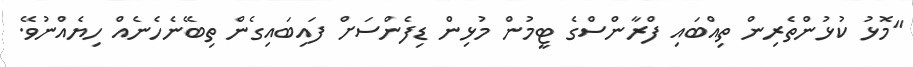
"މޮޅު ކުޅުންތެރިން ތިއްބައި ފްރާންސްގެ ޓީމުން މުޅިން ޑިފެންސަށް ފައިބައިގެން ތިބޭނެހެނެއް ހިޔެއްނުވޭ.